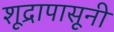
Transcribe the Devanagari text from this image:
शूद्रापासूनी